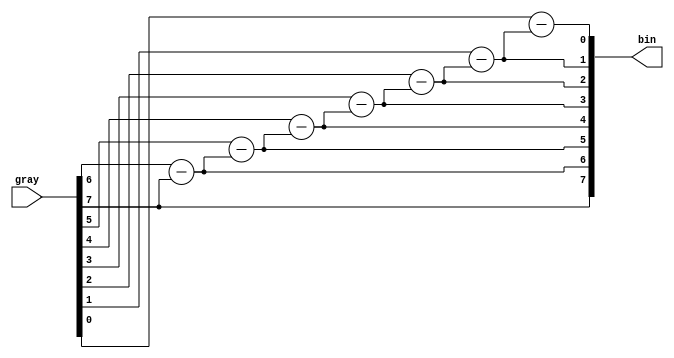
/************************************************************
* Filename  "gray_to_bin.v"
* Author yang jiangtao
* Description gray code to binary code
* Called by None
* Revision History 2020.10.11-11:21
* Revision 1.0
* Email  
* Company  
* Copyright(c) 2019, xxxx Technology Inc, All right reserved
***************************************************************/

`timescale 1ns/1ns
module test(
    gray,
    bin);

    //step-0: parameter
    parameter WIDTH = 8;
    
    //step-1: IO ports
    //1-1: input ports
    input [WIDTH-1:0] gray;
    //1-2: output ports
    output [WIDTH-1:0] bin;
    //reg or wire
//    reg [7:0] bin;
//   
//    //step-2: logic
//    //
//    integer i;
//    always @(*) begin
//        bin[7] <= gray[7];
//        for(i=6;i>=0;i=i-1) begin
//            bin[i] <= gray[i] - bin[i+1]; 
//        end
//    end
//    //step-3: output    
    assign bin[WIDTH-1] = gray[WIDTH-1];
    genvar i;
    generate
        for(i=WIDTH-2; i>=0; i=i-1) begin: gray_to_bin
            assign bin[i] = gray[i] - bin[i+1];
        end    
    endgenerate
    
endmodule